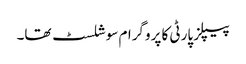
پیپلز پارٹی کا پروگرام سوشلسٹ تھا۔